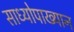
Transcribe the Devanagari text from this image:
साध्योपाख्यान